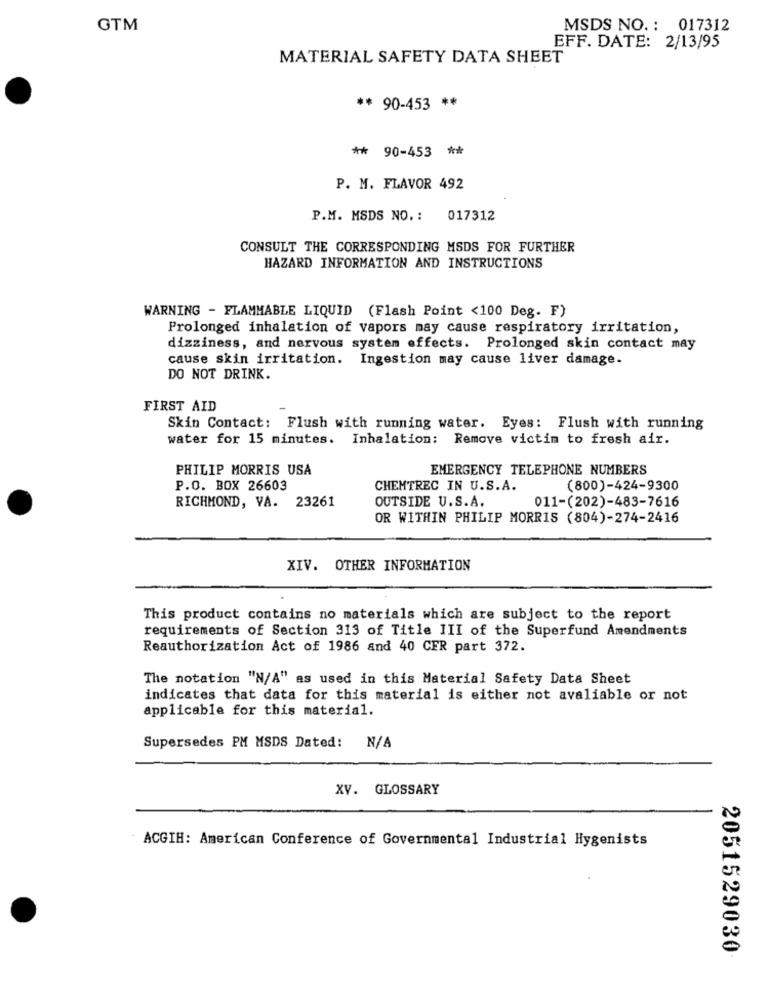
GTM
MSDS NO. : 017312
EFF. DATE: 2/13/95
MATERIAL SAFETY DATA SHEET
** 90-453 **
** 90-453 **
P. M. FLAVOR 492
P.M. MSDS NO. : 017312
CONSULT THE CORRESPONDING MSDS FOR FURTHER
HAZARD INFORMATION AND INSTRUCTIONS
WARNING - FLAMMABLE LIQUID (Flash Point <100 Deg. F)
Prolonged inhalation of vapors may cause respiratory irritation,
dizziness, and nervous system effects. Prolonged skin contact may
cause skin irritation. Ingestion may cause liver damage.
DO NOT DRINK.
FIRST AID
Skin Contact: Flush with running water. Eyes: Flush with running
water for 15 minutes. Inhalation: Remove victim to fresh air.
PHILIP MORRIS USA
EMERGENCY TELEPHONE NUMBERS
P.O. BOX 26603
CHEMTREC IN U.S.A.
(800)-424-9300
RICHMOND, VA. 23261
OUTSIDE U.S.A.
011-(202)-483-7616
OR WITHIN PHILIP MORRIS (804)-274-2416
XIV. OTHER INFORMATION
This product contains no materials which are subject to the report
requirements of Section 313 of Title III of the Superfund Amendments
Reauthorization Act of 1986 and 40 CER part 372.
The notation "N/A" as used in this Material Safety Data Sheet
indicates that data for this material is either not avaliable or not
applicable for this material.
Supersedes PM MSDS Dated:
XV. GLOSSARY
ACGIH: American Conference of Governmental Industrial Hygenists
2051529030